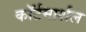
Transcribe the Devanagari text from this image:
काॅर्टमार्शल